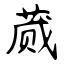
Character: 蒇